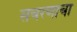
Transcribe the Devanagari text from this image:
संचरणाचा